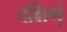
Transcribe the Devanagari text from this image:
दक्षिण्‍ा